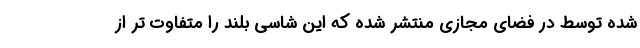
شده توسط در فضای مجازی منتشر شده که این شاسی بلند را متفاوت تر از